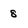
Character: 8